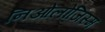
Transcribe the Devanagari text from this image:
निओलोजिस्म